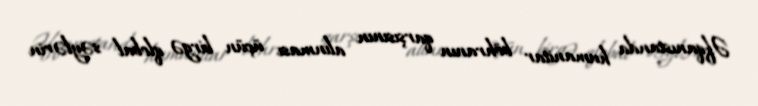
Əfqanıstanda humanitar böhranın qarşısının alınması üçün birgə qlobal səylərin